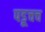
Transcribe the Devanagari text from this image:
पडूचच